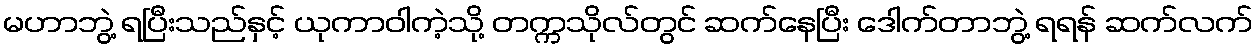
မဟာဘွဲ့ ရပြီးသည်နှင့် ယုကာဝါကဲ့သို့ တက္ကသိုလ်တွင် ဆက်နေပြီး ဒေါက်တာဘွဲ့ ရရန် ဆက်လက်